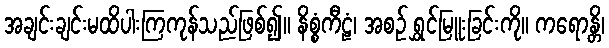
အချင်းချင်းမထိပါးကြကုန်သည်ဖြစ်၍။ နိစ္စံကီဠံ၊ အစဉ် ရွှင်မြူးခြင်းကို။ ကရောန္တိ၊